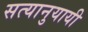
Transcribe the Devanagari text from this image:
सत्यानुयायी